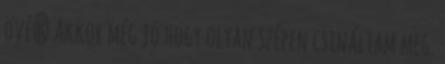
övé? Akkor még jó hogy olyan szépen csináltam meg.